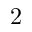
2